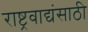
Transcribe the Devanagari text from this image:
राष्ट्रवाद्यंसाठी